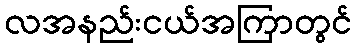
လအနည်းငယ်အကြာတွင်